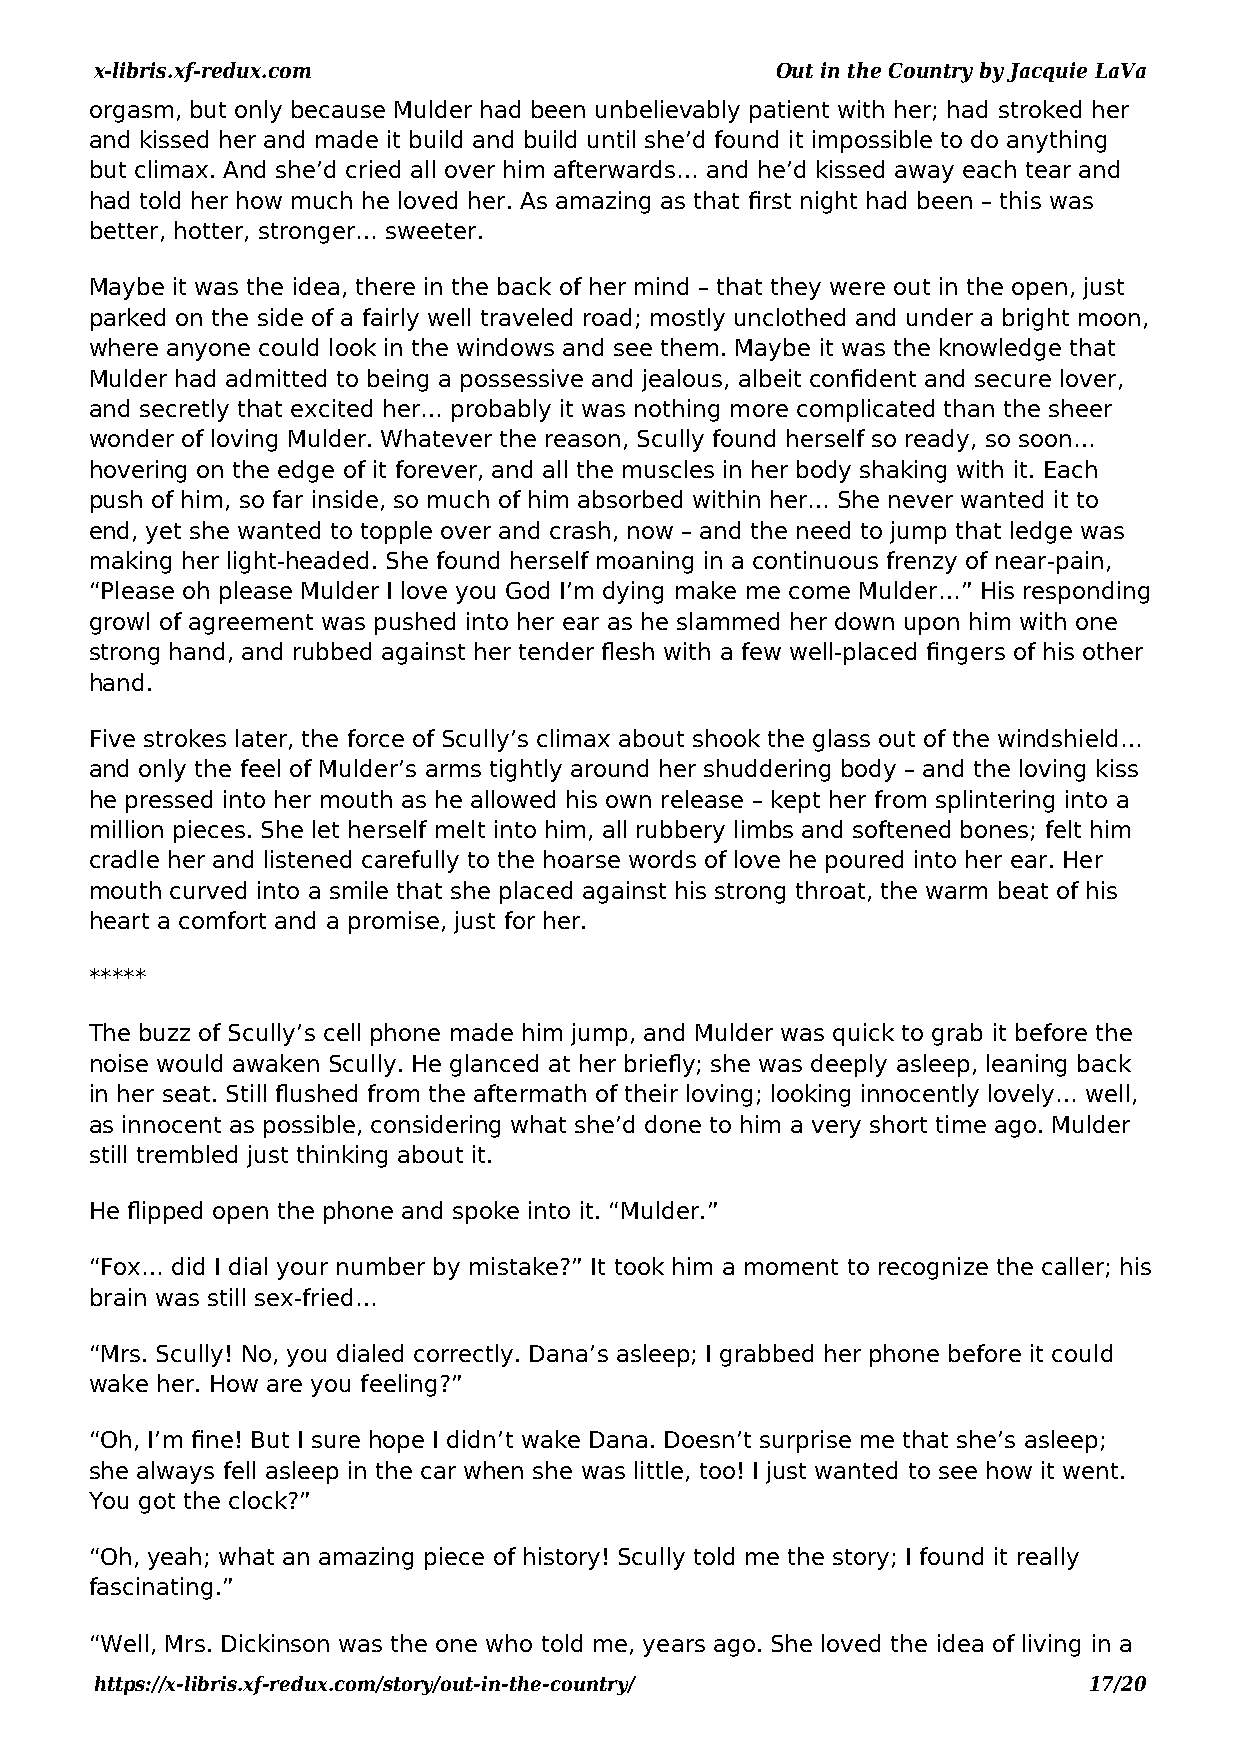
x-libris.xf-redux.com                        Out in the Country by Jacquie LaVa
 orgasm, but only because Mulder had been unbelievably patient with her; had stroked her
 and kissed her and made it build and build until she’d found it impossible to do anything
 but climax. And she’d cried all over him afterwards… and he’d kissed away each tear and
 had told her how much he loved her. As amazing as that first night had been – this was
 better, hotter, stronger… sweeter.
 Maybe it was the idea, there in the back of her mind – that they were out in the open, just
 parked on the side of a fairly well traveled road; mostly unclothed and under a bright moon,
 where anyone could look in the windows and see them. Maybe it was the knowledge that
 Mulder had admitted to being a possessive and jealous, albeit confident and secure lover,
 and secretly that excited her… probably it was nothing more complicated than the sheer
 wonder of loving Mulder. Whatever the reason, Scully found herself so ready, so soon…
 hovering on the edge of it forever, and all the muscles in her body shaking with it. Each
 push of him, so far inside, so much of him absorbed within her… She never wanted it to
 end, yet she wanted to topple over and crash, now – and the need to jump that ledge was
 making her light-headed. She found herself moaning in a continuous frenzy of near-pain,
 “Please oh please Mulder I love you God I’m dying make me come Mulder…” His responding
 growl of agreement was pushed into her ear as he slammed her down upon him with one
 strong hand, and rubbed against her tender flesh with a few well-placed fingers of his other
 hand.
 Five strokes later, the force of Scully’s climax about shook the glass out of the windshield…
 and only the feel of Mulder’s arms tightly around her shuddering body – and the loving kiss
 he pressed into her mouth as he allowed his own release – kept her from splintering into a
 million pieces. She let herself melt into him, all rubbery limbs and softened bones; felt him
 cradle her and listened carefully to the hoarse words of love he poured into her ear. Her
 mouth curved into a smile that she placed against his strong throat, the warm beat of his
 heart a comfort and a promise, just for her.
 *****
 The buzz of Scully’s cell phone made him jump, and Mulder was quick to grab it before the
 noise would awaken Scully. He glanced at her briefly; she was deeply asleep, leaning back
 in her seat. Still flushed from the aftermath of their loving; looking innocently lovely… well,
 as innocent as possible, considering what she’d done to him a very short time ago. Mulder
 still trembled just thinking about it.
 He flipped open the phone and spoke into it. “Mulder.”
 “Fox… did I dial your number by mistake?” It took him a moment to recognize the caller; his
 brain was still sex-fried…
 “Mrs. Scully! No, you dialed correctly. Dana’s asleep; I grabbed her phone before it could
 wake her. How are you feeling?”
 “Oh, I’m fine! But I sure hope I didn’t wake Dana. Doesn’t surprise me that she’s asleep;
 she always fell asleep in the car when she was little, too! I just wanted to see how it went.
 You got the clock?”
 “Oh, yeah; what an amazing piece of history! Scully told me the story; I found it really
 fascinating.”
 “Well, Mrs. Dickinson was the one who told me, years ago. She loved the idea of living in a
 https://x-libris.xf-redux.com/story/out-in-the-country/           17/20